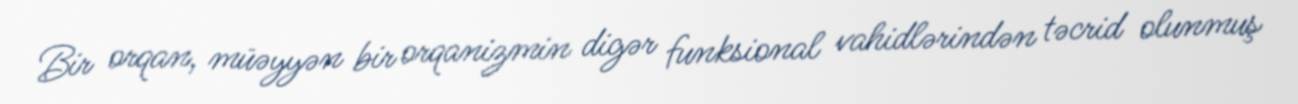
Bir orqan, müəyyən bir orqanizmin digər funksional vahidlərindən təcrid olunmuş